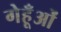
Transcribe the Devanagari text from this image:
गेहूँओं